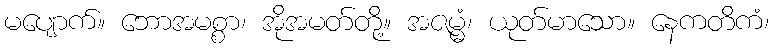
မပျောက်။ ဘောအမစ္စာ၊ အိုအမတ်တို့။ အဇမ္မံ၊ ယုတ်မာသော။ နေကတိကံ၊